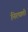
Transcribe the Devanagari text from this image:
निरयाती